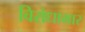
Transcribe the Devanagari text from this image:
विरोधाभार